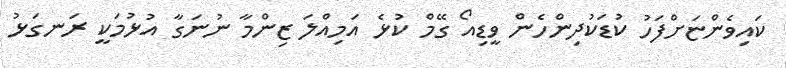
ކައިވެންޏަށްފަހު ކުޑަކުދިންހެން ވީޑިއޯ ގޭމް ކުޅެ އަމިއްލަ ޒިންމާ ނުނަގާ އުޅުމަކީ ރަނގަޅު